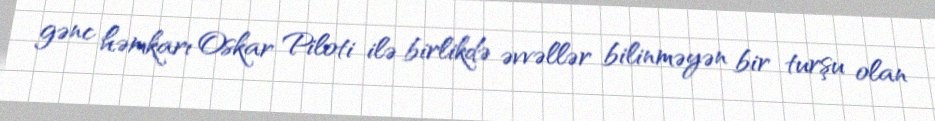
gənc həmkarı Oskar Piloti ilə birlikdə əvvəllər bilinməyən bir turşu olan